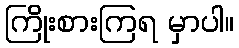
ကြိုးစားကြရ မှာပါ။